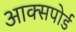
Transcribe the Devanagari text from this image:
आक्सपोर्ड